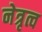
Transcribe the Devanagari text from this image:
नेत्रृत्व